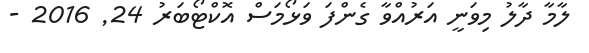
ލާމާ ދާލު މިވަނީ އަރުއްވާ ގެންފަ ވަޅޯމަސް އޮކްޓޯބަރު 24